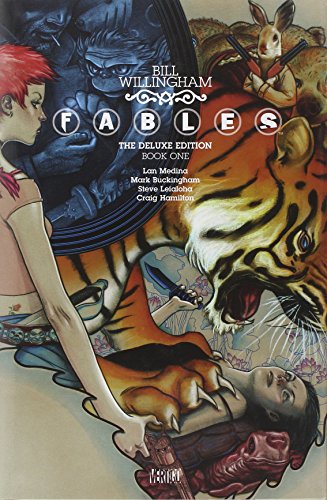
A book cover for Fables: The Deluxe Edition Book One; Bill Willingham; Comics & Graphic Novels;